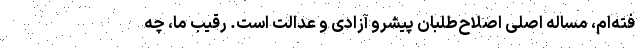
فته‌ام، مساله اصلی اصلاح‌طلبان پیشرو آزادی و عدالت است. رقیب ما، چه